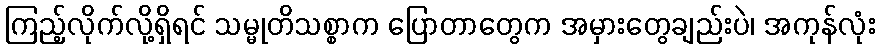
ကြည့်လိုက်လို့ရှိရင် သမ္မုတိသစ္စာက ပြောတာတွေက အမှားတွေချည်းပဲ၊ အကုန်လုံး